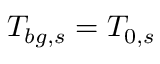
{ T _ { b g , s } = T _ { 0 , s } }